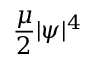
\frac { \mu } { 2 } \lvert \psi \rvert ^ { 4 }